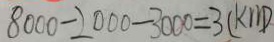
8 0 0 0 - 2 0 0 0 - 3 0 0 0 = 3 ( k m )